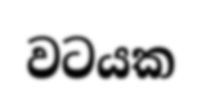
වටයක